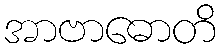
အာဗာဓောတိ